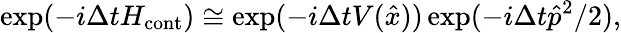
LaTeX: \exp(-i\Delta tH_{\mathrm{cont}})\cong\exp(-i\Delta tV(\hat{x}))\exp(-i\Delta t\hat{p}^{2}/2),